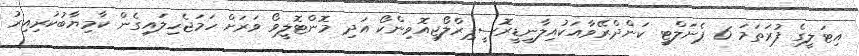
އިޓަލީގެ ފުރަތަމަ 6 ޕެނަލްޓީ ކަންދްރޭވާއަކުއިލާނީޑީރޮސީޕިރްލޯޖިއޮވިންކޯ އަދި މޮންޓޮލީވޯ ވަރަށް ހަމަޖެހިލައިގެން ކާމިޔާބުކުރިއިރު